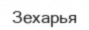
Зехарья